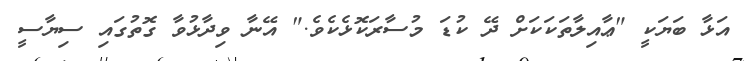
އަޅާ ބަޔަކީ "ޢާއިލާތަކަކަށް ދޭ ކުޑަ މުސާރަކޮޅެކެވެ." އޭނާ ވިދާޅުވާ ގޮތުގައި ސިޔާސީ